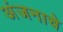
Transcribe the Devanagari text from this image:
अंजनाचे